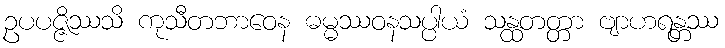
ဥပပဇ္ဇိဿသိ ကုသီတဘာဝေန ဓမ္မဿဝနသပ္ပါယံ သန္ထတတ္တာ ဗျာဟရန္တဿ